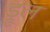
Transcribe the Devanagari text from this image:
ड्रूल